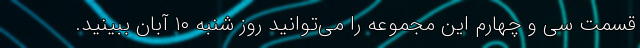
قسمت سی و چهارم این مجموعه را می‌توانید روز شنبه ۱۰ آبان ببینید.